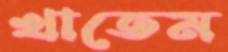
খাতেম